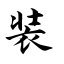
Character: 装